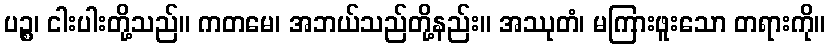
ပဉ္စ၊ ငါးပါးတို့သည်။ ကတမေ၊ အဘယ်သည်တို့နည်း။ အဿုတံ၊ မကြားဖူးသော တရားကို။